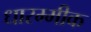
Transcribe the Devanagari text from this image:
धारम्मीक